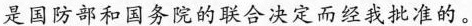
是国防部和国务院的联合决定而经我批准的。